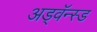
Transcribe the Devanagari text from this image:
अड्वॅन्स्ड